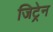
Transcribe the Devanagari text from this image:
जिट्रेन